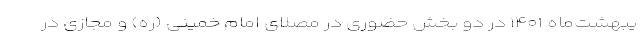
یبهشت‌ماه ۱۴۰۱ در دو بخش حضوری در مصلای امام خمینی (ره) و مجازی در